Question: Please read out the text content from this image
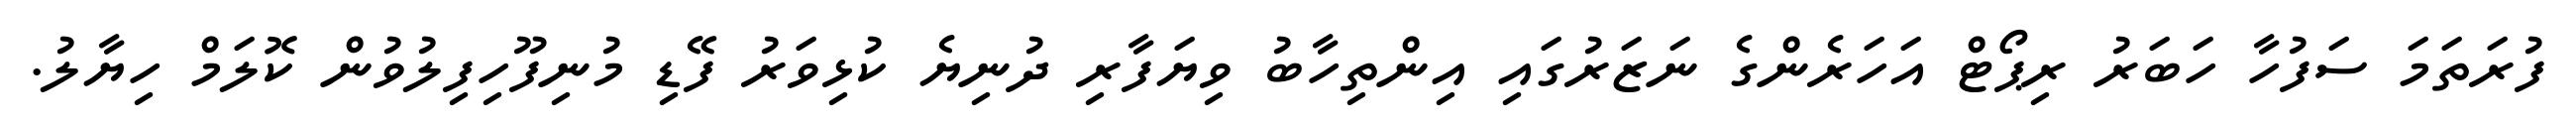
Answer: ފުރަތަމަ ސަފުހާ ހަބަރު ރިޕޯޓް އަހަރެންގެ ނަޒަރުގައި އިންތިހާބު ވިޔަފާރި ދުނިޔެ ކުޅިވަރު ފޭޑި މުނިފޫހިފިލުވުން ކޮލަމް ހިޔާލު.